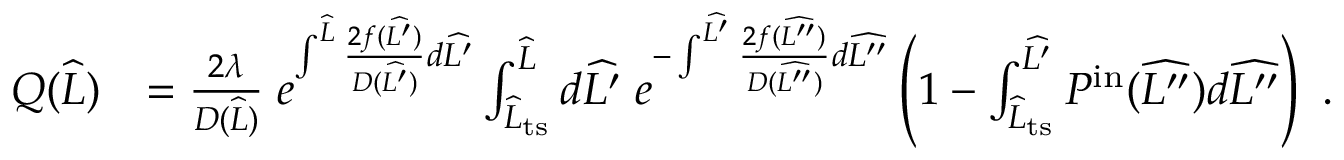
\begin{array} { r l } { Q ( \widehat { L } ) } & { = \frac { 2 \lambda } { D ( \widehat { L } ) } \; e ^ { \int ^ { \widehat { L } } \frac { 2 f ( \widehat { L ^ { \prime } } ) } { D ( \widehat { L ^ { \prime } } ) } d \widehat { L ^ { \prime } } } \int _ { \widehat { L } _ { \mathrm { t s } } } ^ { \widehat { L } } d \widehat { L ^ { \prime } } \; e ^ { - \int ^ { \widehat { L ^ { \prime } } } \frac { 2 f ( \widehat { L ^ { \prime \prime } } ) } { D ( \widehat { L ^ { \prime \prime } } ) } d \widehat { L ^ { \prime \prime } } } \left( 1 - \int _ { \widehat { L } _ { \mathrm { t s } } } ^ { \widehat { L ^ { \prime } } } P ^ { \mathrm { i n } } ( \widehat { L ^ { \prime \prime } } ) d \widehat { L ^ { \prime \prime } } \right) \ . } \end{array}